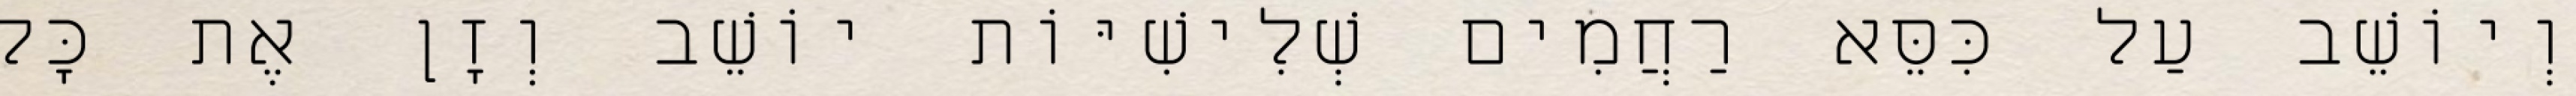
וְיוֹשֵׁב עַל כִּסֵּא רַחֲמִים שְׁלִישִׁיּוֹת יוֹשֵׁב וְזָן אֶת כָּל